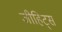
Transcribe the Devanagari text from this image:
जीहिट्स